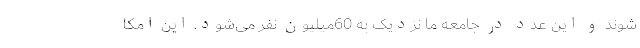
شوند و این عدد در جامعه ما نزدیک به 60میلیون نفر می‌شود. این امکا